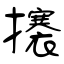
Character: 攐